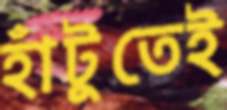
হাঁটুতেই